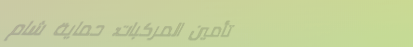
تأمين المركبات: حماية شام